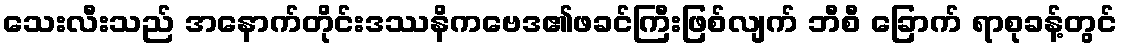
သေးလီးသည် အနောက်တိုင်းဒဿနိကဗေဒ၏ဖခင်ကြီးဖြစ်လျက် ဘီစီ ခြောက် ရာစုခန့်တွင်